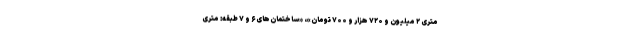
متری ۲ میلیون و ۷۲۰ هزار و ۷۰۰ تومان»، «ساختمان‌های ۶ و ۷ طبقه: متری